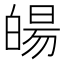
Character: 𤾉